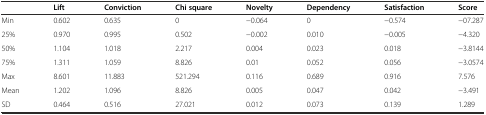
<table><thead><tr><td></td><td><b>Lift</b></td><td><b>Conviction</b></td><td><b>Chi square</b></td><td><b>Novelty</b></td><td><b>Dependency</b></td><td><b>Satisfaction</b></td><td><b>Score</b></td></tr></thead><tbody><tr><td>Min</td><td>0.602</td><td>0.635</td><td>0</td><td>−0.064</td><td>0</td><td>−0.574</td><td>−07.287</td></tr><tr><td>25%</td><td>0.970</td><td>0.995</td><td>0.502</td><td>−0.002</td><td>0.010</td><td>−0.005</td><td>−4.320</td></tr><tr><td>50%</td><td>1.104</td><td>1.018</td><td>2.217</td><td>0.004</td><td>0.023</td><td>0.018</td><td>−3.8144</td></tr><tr><td>75%</td><td>1.311</td><td>1.059</td><td>8.826</td><td>0.01</td><td>0.052</td><td>0.056</td><td>−3.0574</td></tr><tr><td>Max</td><td>8.601</td><td>11.883</td><td>521.294</td><td>0.116</td><td>0.689</td><td>0.916</td><td>7.576</td></tr><tr><td>Mean</td><td>1.202</td><td>1.096</td><td>8.826</td><td>0.005</td><td>0.047</td><td>0.042</td><td>−3.491</td></tr><tr><td>SD</td><td>0.464</td><td>0.516</td><td>27.021</td><td>0.012</td><td>0.073</td><td>0.139</td><td>1.289</td></tr></tbody></table>